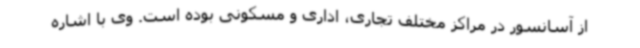
از آسانسور در مراکز مختلف تجاری، اداری و مسکونی بوده است. وی با اشاره